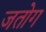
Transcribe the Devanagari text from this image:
जतोग